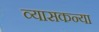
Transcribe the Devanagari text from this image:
व्यासकन्या